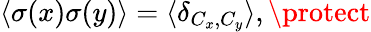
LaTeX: \langle\sigma(x)\sigma(y)\rangle=\langle\delta_{C_{x},C_{y}}\rangle,\protect